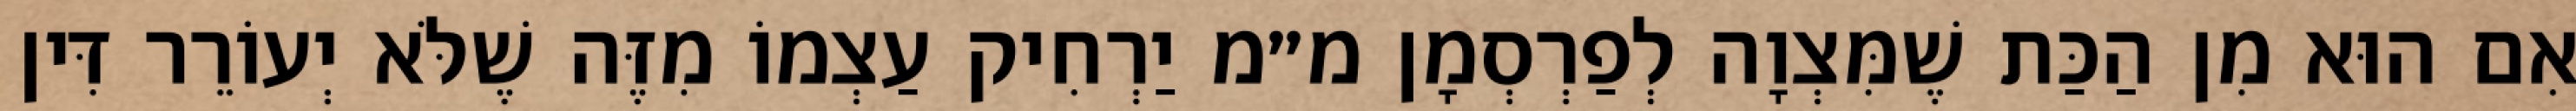
אִם הוּא מִן הַכַּת שֶׁמִּצְוָה לְפַרְסְמָן מ״מ יַרְחִיק עַצְמוֹ מִזֶּה שֶׁלֹּא יְעוֹרֵר דִּין